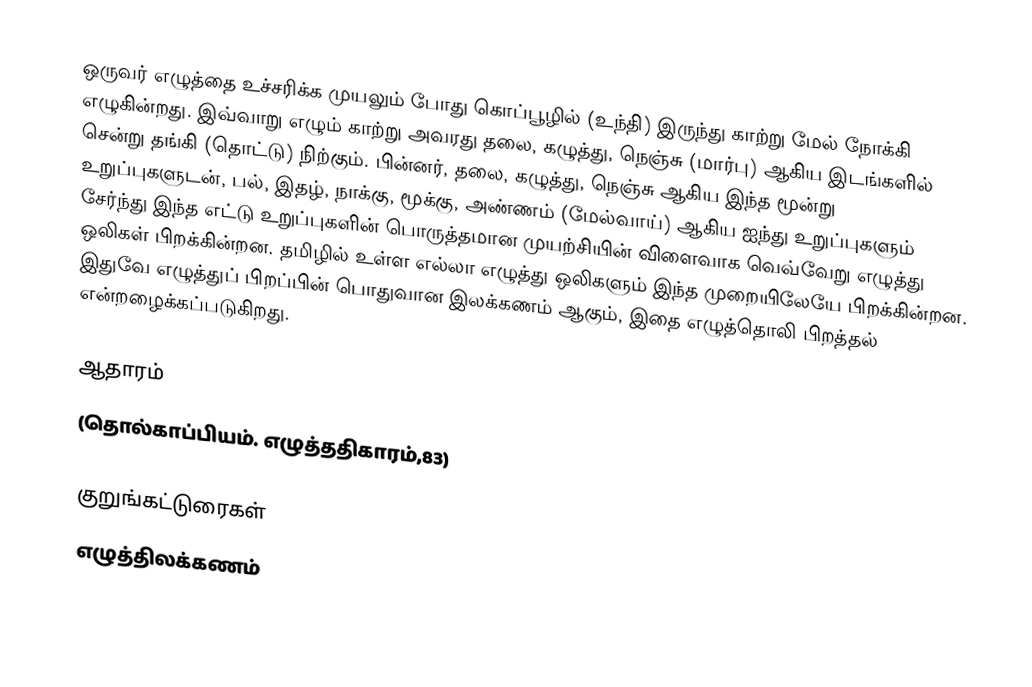
ஒருவர் எழுத்தை உச்சரிக்க முயலும் போது கொப்பூழில் (உந்தி) இருந்து காற்று மேல் நோக்கி எழுகின்றது. இவ்வாறு எழும் காற்று அவரது தலை, கழுத்து, நெஞ்சு (மார்பு) ஆகிய இடங்களில் சென்று தங்கி (தொட்டு) நிற்கும். பின்னர், தலை, கழுத்து, நெஞ்சு ஆகிய இந்த மூன்று உறுப்புகளுடன், பல், இதழ், நாக்கு, மூக்கு, அண்ணம் (மேல்வாய்) ஆகிய ஐந்து உறுப்புகளும் சேர்ந்து இந்த எட்டு உறுப்புகளின் பொருத்தமான முயற்சியின் விளைவாக வெவ்வேறு எழுத்து ஒலிகள் பிறக்கின்றன. தமிழில் உள்ள எல்லா எழுத்து ஒலிகளும் இந்த முறையிலேயே பிறக்கின்றன. இதுவே எழுத்துப் பிறப்பின் பொதுவான இலக்கணம் ஆகும், இதை எழுத்தொலி பிறத்தல் என்றழைக்கப்படுகிறது.

ஆதாரம்
(தொல்காப்பியம். எழுத்ததிகாரம்,83)

குறுங்கட்டுரைகள்
எழுத்திலக்கணம்